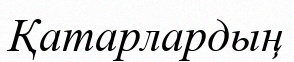
Қатарлардың